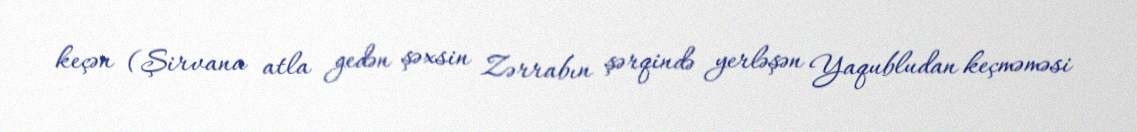
keçən (Şirvana atla gedən şəxsin Zərrabın şərqində yerləşən Yaqubludan keçməməsi